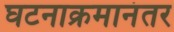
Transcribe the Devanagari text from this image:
घटनाक्रमानंतर